Annual report of the Madras Medical College
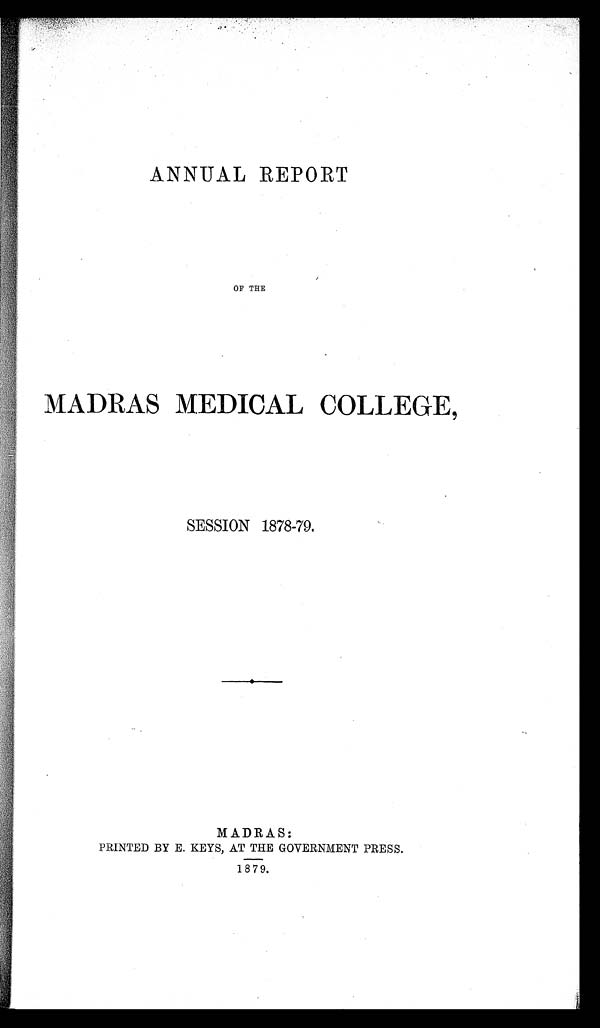
ANNUAL REPORT
OF THE
MADRAS MEDICAL COLLEGE,
SESSION 1878-79.
MADRAS:
PRINTED BY E. KEYS, AT THE GOVERNMENT PRESS
1879.